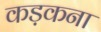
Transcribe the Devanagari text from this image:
कड़कना